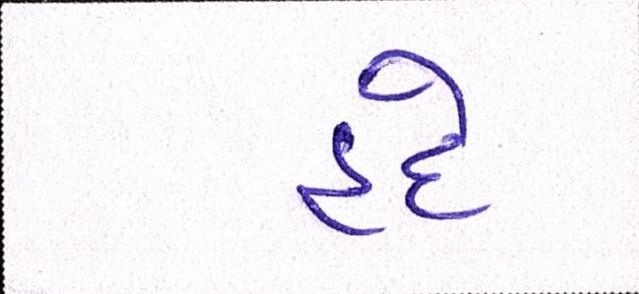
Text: હદે